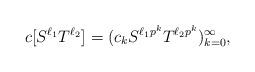
LaTeX: \begin{align*}c[S^{\ell_1}T^{\ell_2}]=(c_kS^{\ell_1p^k}T^{\ell_2p^k})_{k=0}^\infty,\end{align*}